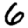
Digit: 6